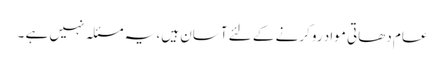
عام دھاتی مواد رو کرنے کے لئے آسان ہیں، یہ مسئلہ نہیں ہے ۔